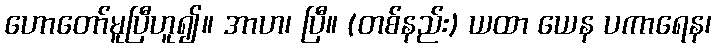
ဟောတော်မူပြီဟူ၍။ အာဟ၊ ပြီ။ (တစ်နည်း) ယထာ ယေန ပကာရေန၊